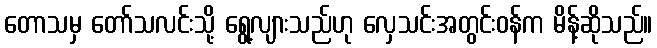
တောသမှ တော်သလင်းသို့ ရွေ့လျားသည်ဟု လှေသင်းအတွင်းဝန်က မိန့်ဆိုသည်။